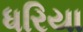
ધરિયા